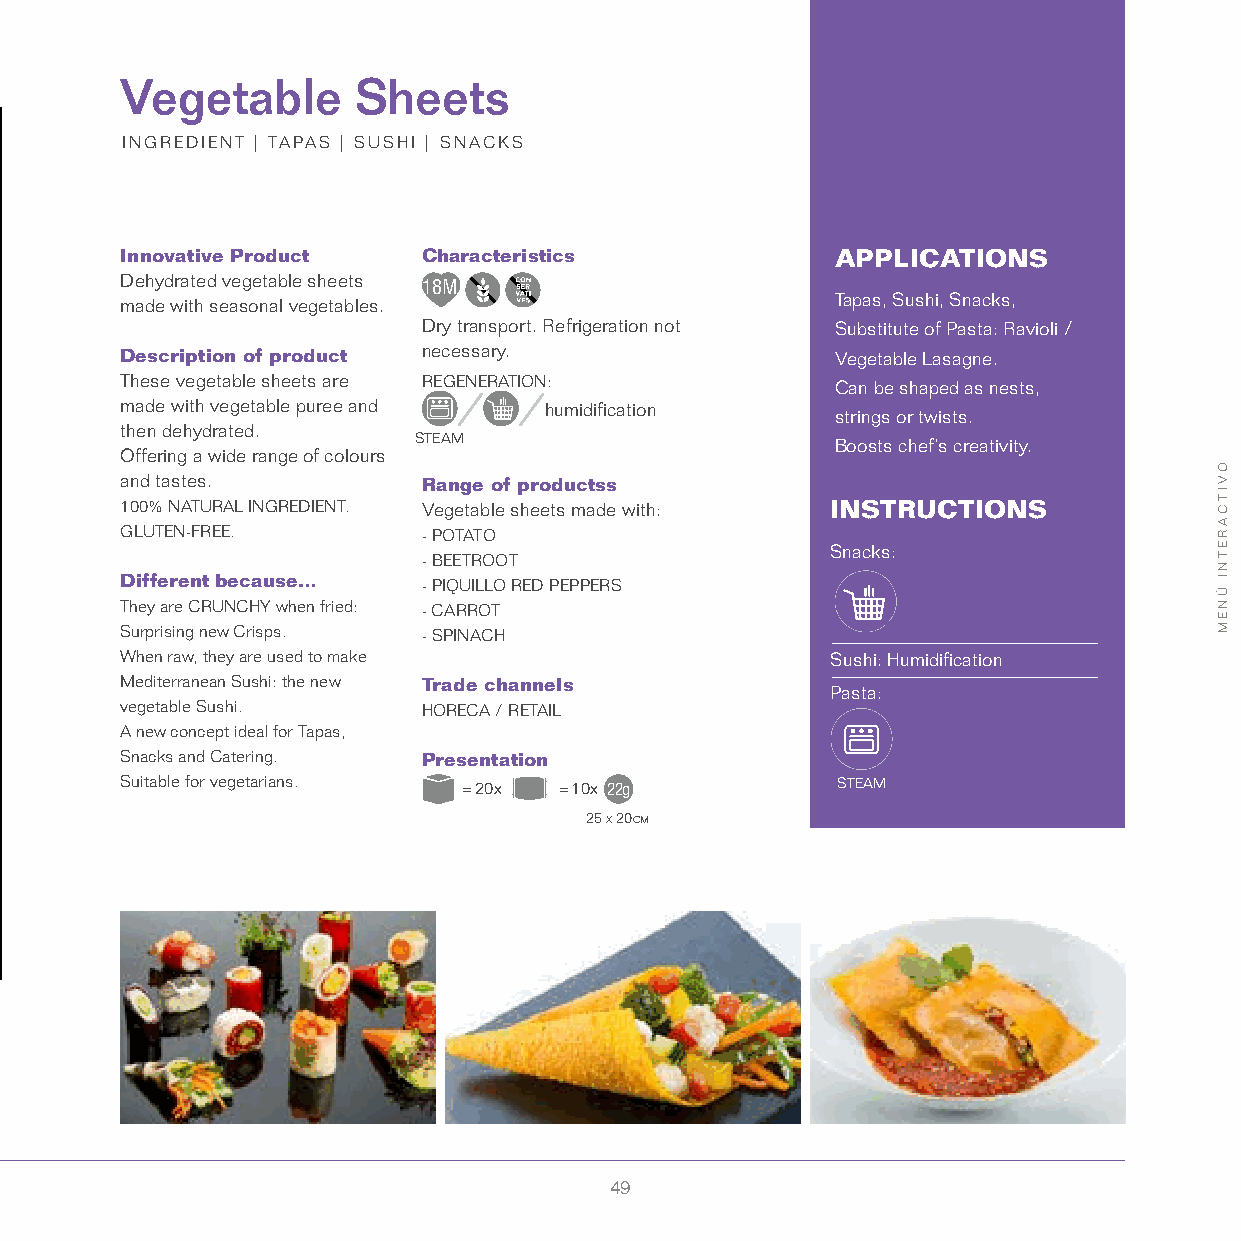
Vegetable       Sheets
 INGREDIENT | TAPAS | SUSHI | SNACKS
 Innovative Product  Characteristics            APPLICATIONS
 Dehydrated vegetable sheets
 18M
 made with seasonal vegetables.                 Tapas, Sushi, Snacks,
 Dry transport. Refrigeration not Substitute of Pasta: Ravioli /
 Description of product n ecessary.             Vegetable Lasagne.
 These vegetable sheets are REGENERATION:       Can be shaped as nests,
 made with vegetable puree and humidification
 strings or twists.
 then dehydrated.
 STEAM                       Boosts chef’s creativity.
 Offering a wide range of colours
 and tastes.         Range of productss
 100% NATURAL INGREDIENT. Vegetable sheets made with: INSTRUCTIONS
 GLUTEN-FREE.        - POTATO
 Snacks:
 - BEETROOT
 Different because…  - PIQUILLO RED PEPPERS
 They are CRUNCHY when fried: - CARROT
 Surprising new Crisps. - SPINACH
 When raw, they are used to make                Sushi: Humidification
 Mediterranean Sushi: the new Trade channels
 Pasta:
 vegetable Sushi.    HORECA / RETAIL
 A new concept ideal for Tapas,
 Snacks and Catering. Presentation
 Suitable for vegetarians. = 20x = 10x 22g      STEAM
 25 x 20cm
 49
 OVITCARETNI
 ÚNEM